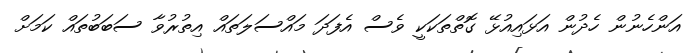
އަންހެނުން ހެދުން އަޅައިއުޅޭ ގޮތްތަކަކީ ވެސް އެފަދަ މައްސަލަތައް އިތުރުވާ ސަބަބުތައް ކަމަށް